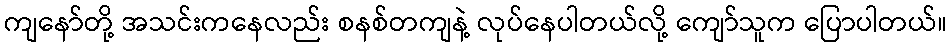
ကျနော်တို့ အသင်းကနေလည်း စနစ်တကျနဲ့ လုပ်နေပါတယ်လို့ ကျော်သူက ပြောပါတယ်။